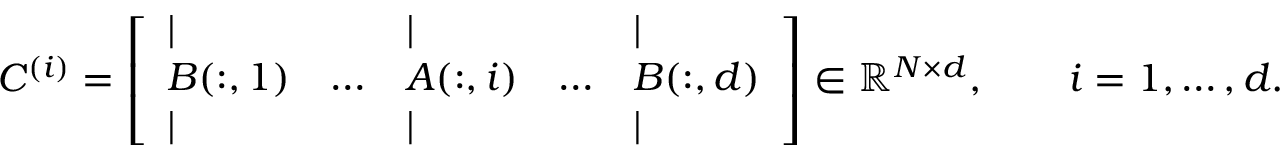
C ^ { ( i ) } = \left[ \begin{array} { l l l l l } { \vert } & { } & { \vert } & { } & { \vert } \\ { B ( : , 1 ) } & { \ldots } & { A ( : , i ) } & { \ldots } & { B ( : , d ) } \\ { \vert } & { } & { \vert } & { } & { \vert } \end{array} \right] \in \mathbb { R } ^ { N \times d } , \qquad i = 1 , \ldots , d .